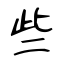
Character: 些